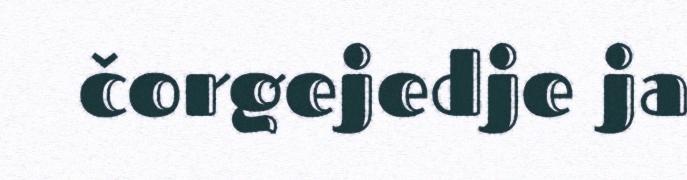
čorgejedje ja